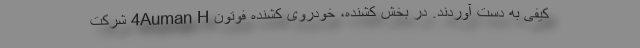
کیفی به دست آوردند. در بخش کشنده‌، خودروی کشنده فوتون 4Auman H شرکت